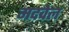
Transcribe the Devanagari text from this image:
मदवेल